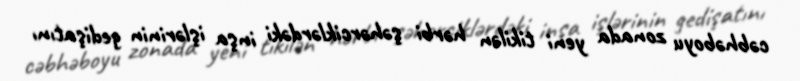
cəbhəboyu zonada yeni tikilən hərbi şəhərciklərdəki inşa işlərinin gedişatını